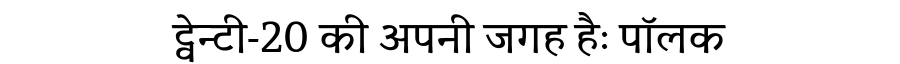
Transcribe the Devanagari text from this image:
ट्वेन्टी-20 की अपनी जगह हैः पॉलक